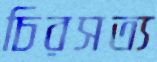
চিরসত্য